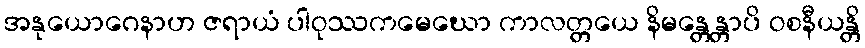
အနုယောဂေနာဟ ဇရာယံ ပါဝုဿကမေဃော ကာလတ္တယေ နိမန္တေန္တာပိ ဝစနီယန္တိ